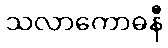
သလာကောဓနီ